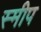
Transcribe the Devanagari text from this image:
स्मीप